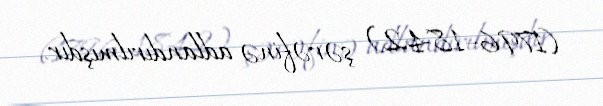
(1796–1842) şərəfinə adlandırılmışdır.